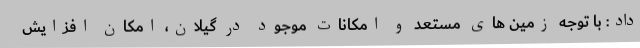
داد: با توجه زمین های مستعد و امکانات موجود در گیلان، امکان افزایش